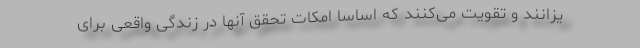
یزانند و تقویت می‌کنند که اساسا امکات تحقق آنها در زندگی واقعی برای